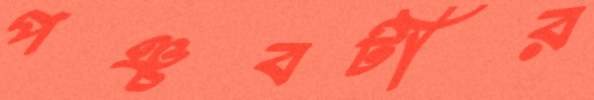
পঞ্চবটীর